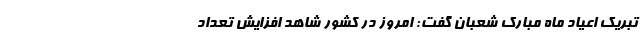
تبریک اعیاد ماه مبارک شعبان گفت: امروز در کشور شاهد افزایش تعداد